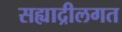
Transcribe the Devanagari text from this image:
सह्याद्रीलगत